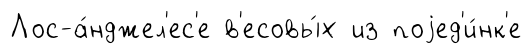
Лос-а́нджел'ес'е в'есовы́х из поjед'и́нк'е